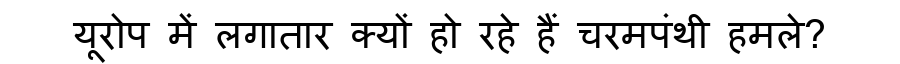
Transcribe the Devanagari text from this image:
यूरोप में लगातार क्यों हो रहे हैं चरमपंथी हमले?